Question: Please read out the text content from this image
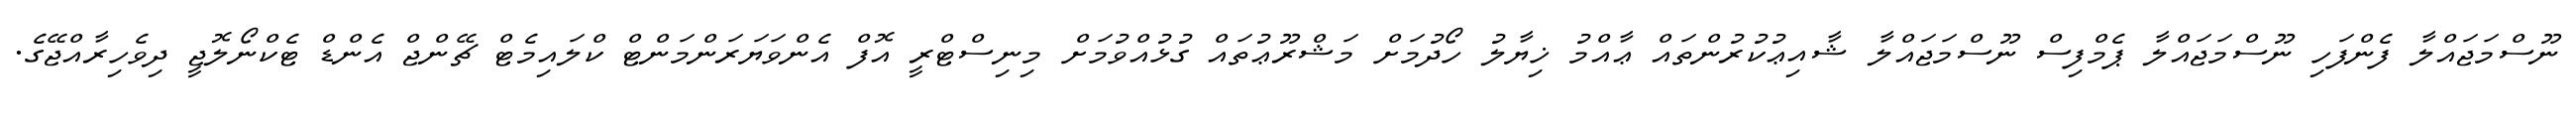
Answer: ނޫސްމަޖައްލާ ފެންފަހި ނޫސްމަޖައްލާ ޕެމްފިސް ނޫސްމަޖައްލާ ޝާއިޢުކުރުންތައް ޢާއްމު ޚިޔާލު ހޯދުމަށް މަޝްރޫޢުތައް ގުޅުއްވުމަށް މިނިސްޓްރީ އޮފް އެންވަޔަރަންމަންޓް ކްލައިމެޓް ޗޭންޖް އެންޑް ޓެކްނޯލޮޖީ ދިވެހިރާއްޖޭގެ.